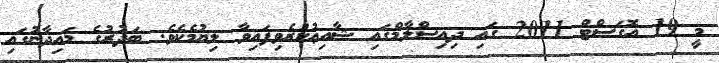
މީ 19 އޮގަސްޓް 2011 ގައި ދިއިސްލާމްގައި ޝާއިޢުކުރެވިފައިވާ ލިޔުމެކެވެ. ބަދުރުގެ މައިދާނުގައި